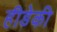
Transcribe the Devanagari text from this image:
हीडेकी